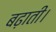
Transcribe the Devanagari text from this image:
बढ़ाती।